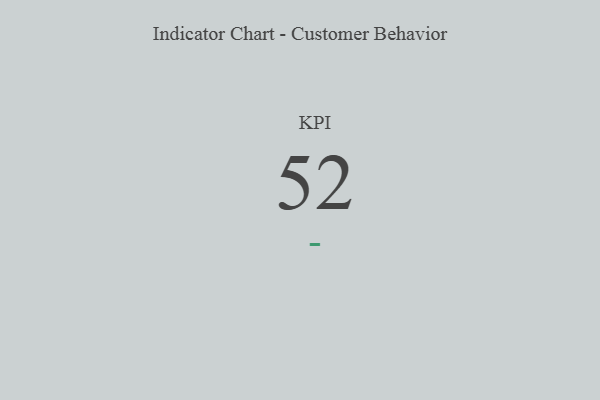
{"axis": {"x": "KPI", "y": "Value"}, "legend": [""], "data": [{"x": "KPI", "y": 52, "type": ""}]}